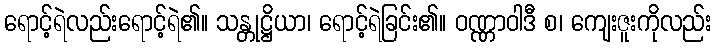
ရောင့်ရဲလည်းရောင့်ရဲ၏။ သန္တုဋ္ဌိယာ၊ ရောင့်ရဲခြင်း၏။ ဝဏ္ဏာဝါဒီ စ၊ ကျေးဇူးကိုလည်း